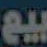
بيع